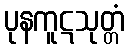
ပုနကူဋသုတ္တံ